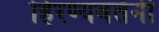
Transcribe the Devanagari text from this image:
हिरण्यवर्तनी